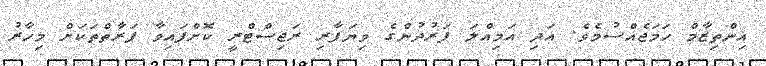
އިންތިޒާމް ހަމަޖެއްސުމެވެ. އަދި އަމިއްލަ ފަރުދުންގެ ވިޔަފާރި ރަޖިސްޓްރީ ކޮށްފައިވާ ފަރާތްތަަކަށް މިހާރު